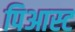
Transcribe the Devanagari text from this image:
पिआस्ट